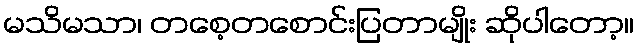
မသိမသာ၊ တစေ့တစောင်းပြတာမျိုး ဆိုပါတော့။